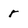
Character: r